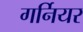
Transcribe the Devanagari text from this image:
गर्नियर